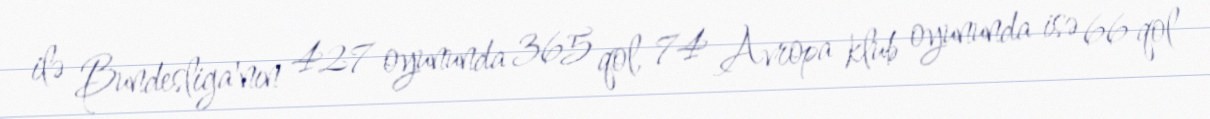
ilə Bundesliga'nın 427 oyununda 365 qol, 74 Avropa klub oyununda isə 66 qol